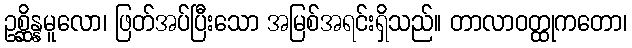
ဥစ္ဆိန္နမူလော၊ ဖြတ်အပ်ပြီးသော အမြစ်အရင်းရှိသည်။ တာလာဝတ္ထုကတော၊